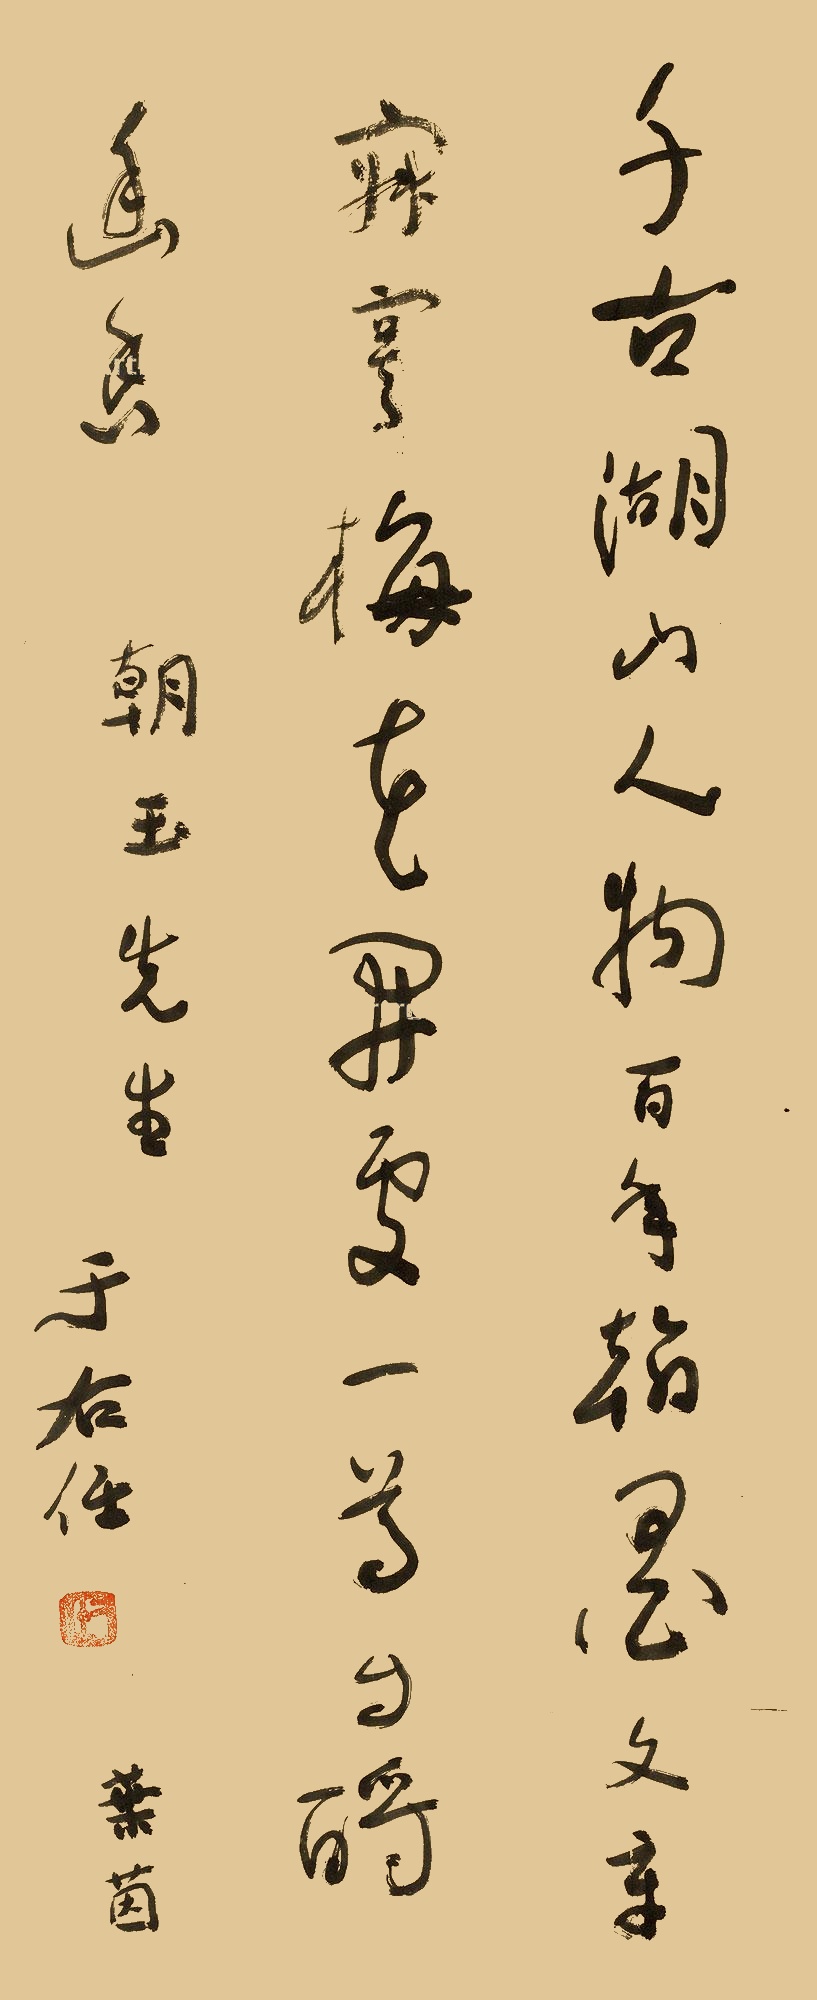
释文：千古湖山人物，百年翰墨文章。寂寞梅花开处，一尊自酹寒香。朝玉先生，于右任。叶茵。